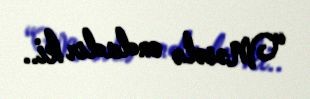
“Məsələ ondadır ki..